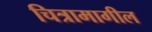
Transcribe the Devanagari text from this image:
चित्रामागील